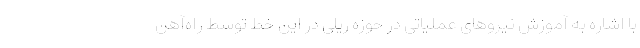
با اشاره به آموزش نیروهای عملیاتی در حوزه ریلی در این خط توسط راه‌آهن